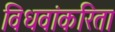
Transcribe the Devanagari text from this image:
विधवांकरिता